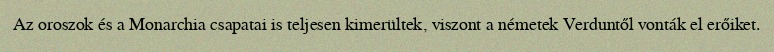
Az oroszok és a Monarchia csapatai is teljesen kimerültek, viszont a németek Verduntől vonták el erőiket.